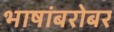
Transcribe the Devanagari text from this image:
भाषांबरोबर